Lunatic asylums Central Provinces reports 1895-1909 - 1895-1909
Year: 1895
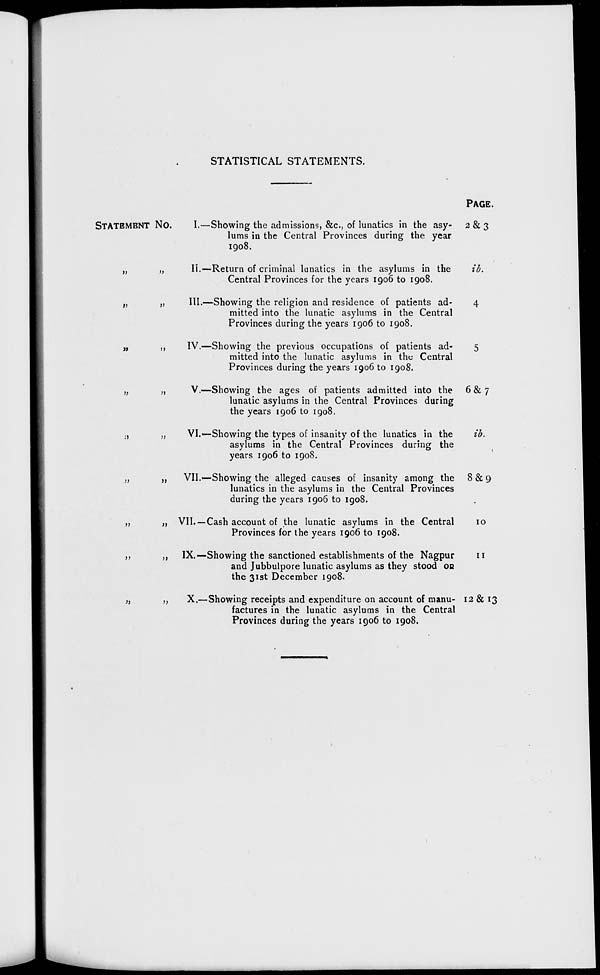
STATISTICAL STATEMENTS.
STATEMENT No.
„ „
„ „
„ „
„ „
„ „
„ „
„ „
„ „
„ „
I.—
II.—
III.—
IV.—
V.—
VI.—
VII.—
VII.—
IX.—
X.—
Showing the admissions, &c., of lunatics in the asy-
lums in the Central Provinces during the year
1908.
Return of criminal lunatics in the asylums in the
Central Provinces for the years 1906 to 1908.
Showing the religion and residence of patients ad-
mitted into the lunatic asylums in the Central
Provinces during the years 1906 to 1908.
Showing the previous occupations of patients ad-
mitted into the lunatic asylums in the Central
Provinces during the years 1906 to 1908.
Showing the ages of patients admitted into the
lunatic asylums in the Central Provinces during
the years 1906 to 1908.
Showing the types of insanity of the lunatics in the
asylums in the Central Provinces during the
years 1906 to 1908.
Showing the alleged causes of insanity among the
lunatics in the asylums in the Central Provinces
during the years 1906 to 1908.
Cash account of the lunatic asylums in the Central
Provinces for the years 1906 to 1908.
Showing the sanctioned establishments of the Nagpur
and Jubbulpore lunatic asylums as they stood or
the 31st December 1908.
Showing receipts and expenditure on account of manu-
factures in the lunatic asylums in the Central
Provinces during the years 1906 to 1908.
PAGE.
2 & 3
ib.
4
5
6 & 7
ib.
8 & 9
10
11
12 & 13